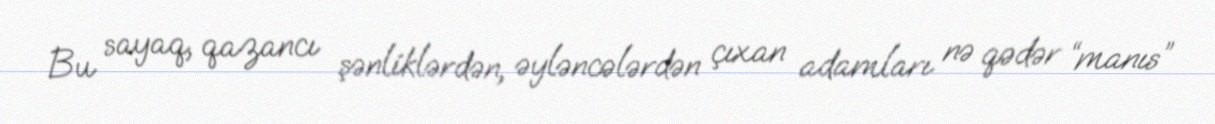
Bu sayaq, qazancı şənliklərdən, əyləncələrdən çıxan adamları nə qədər “manıs”